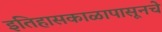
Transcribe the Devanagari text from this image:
इतिहासकाळापासूनचे